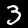
Label: 3